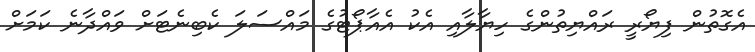
އެގޮތުން ފިޔޯރީ ރައްޔިތުންގެ ހިޔާލާއި އެކު އެއާޕޯޓުގެ މައްސަލަ ކެބިނެޓަށް ވައްދާނެ ކަމަށް